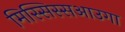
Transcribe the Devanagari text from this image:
मिस्सिस्सआउगा